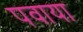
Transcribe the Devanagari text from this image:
पवाया